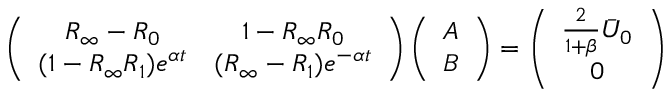
\left( \begin{array} { c c } { R _ { \infty } - R _ { 0 } } & { 1 - R _ { \infty } R _ { 0 } } \\ { ( 1 - R _ { \infty } R _ { 1 } ) e ^ { \alpha t } } & { ( R _ { \infty } - R _ { 1 } ) e ^ { - \alpha t } } \end{array} \right) \left( \begin{array} { c } { A } \\ { B } \end{array} \right) = \left( \begin{array} { c } { \frac { 2 } { 1 + \beta } \bar { U } _ { 0 } } \\ { 0 } \end{array} \right)